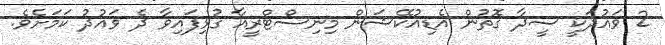
2 ވައުދަކީ ސީދާ ގޮތުން އެޑިއުކޭޝަން މިނިސްޓްރީއާ ގުޅިފައިވާ ދެ ވައުދު ކަމަށެވެ.